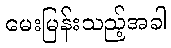
မေးမြန်းသည့်အခါ